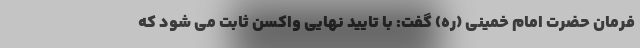
فرمان حضرت امام خمینی (ره) گفت: با تایید نهایی واکسن ثابت می شود که